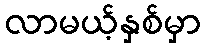
လာမယ့်နှစ်မှာ